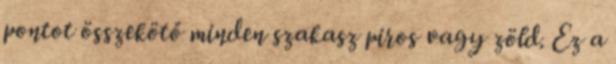
pontot összekötő minden szakasz piros vagy zöld. Ez a